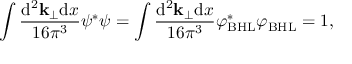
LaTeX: \int \frac { { \mathrm { d } } ^ { 2 } { \bf k } _ { \perp } { \mathrm { d } } x } { 1 6 { \pi } ^ { 3 } } { \psi } ^ { \ast } \psi = \int \frac { { \mathrm { d } } ^ { 2 } { \bf k } _ { \perp } { \mathrm { d } } x } { 1 6 { \pi } ^ { 3 } } { \varphi } _ { \mathrm { B H L } } ^ { \ast } { \varphi } _ { \mathrm { B H L } } = 1 ,